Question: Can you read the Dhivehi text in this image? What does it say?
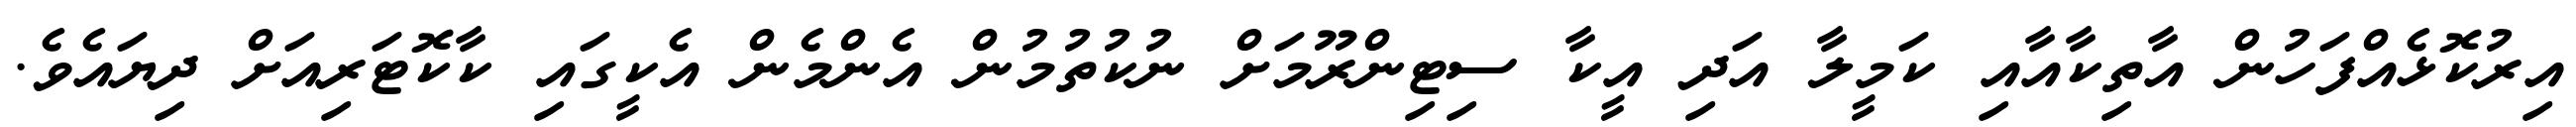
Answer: އިރުކޮޅެއްފަހުން އާތިކާއާއި ކަމީލާ އަދި އީކާ ސިޓިންރޫމަށް ނުކުތުމުން އެންމެން އެކީގައި ކާކޮޓަރިއަށް ދިޔައެވެ.